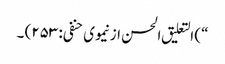
“) التعلیق الحسن از نیموی حنفی: ۲۵۳) ۔